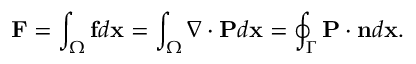
\mathbf { F } = \int _ { \Omega } \mathbf { f } d \mathbf { x } = \int _ { \Omega } \nabla \cdot \mathbf { P } d \mathbf { x } = \oint _ { \Gamma } \mathbf { P } \cdot \mathbf { n } d \mathbf { x } .